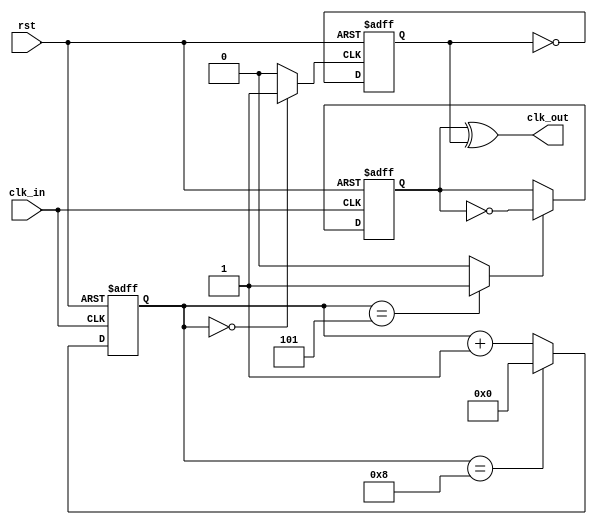
`timescale 1ns / 1ps
//////////////////////////////////////////////////////////////////////////////////
// Company: COLLEGE OF VLSI
// 
// Designe Name: general_clk_div_by_odd
// Module Name: general_clk_div_by_odd
// Project Name: general_clk_div_by_odd
// Target Devices: 
// Tool Versions: 
// Description: 
// 
// Dependencies: 
// 
// Revision:
// Revision 0.01 - File Created
// Additional Comments:
// 
//////////////////////////////////////////////////////////////////////////////////

module general_clk_div_by_odd(
	input		clk_in,
    input       rst,    
	output 		clk_out
    );
parameter DIV_BY = 9 ;
parameter WIDTH = $clog2(DIV_BY);

reg  [WIDTH-1:0] count;
reg  Tff_A, Tff_B;
wire B1,A1;

assign 	 clk_out = Tff_B ^ Tff_A;	//XOR gate produces output clock.


//Counter for division by N
always@(posedge clk_in or negedge rst)
	begin
        if(!rst)begin
            count <=0;
        end
		else if(count == DIV_BY-1)	//Count to N-1. Ex: Use 4 to divide by 5
			begin
				count <= 4'b0000;
			end	
		else
			begin
				count <= count + 1;
			end	
	end

//Sets A to high for one clock cycle after counter is 0
//always@(*)
//	begin
//    if(count == 4'b0000)
//			A1 = 1;
//		else
//			A1 = 0;
//	end
assign A1 = (count == 4'b0000)? 1'b1 :1'b0;
//Sets B to high for one clock cycle after counter is (N+1)/2
//always@(*)
//	begin

//		if(count ==((DIV_BY+1)/2))	//Use (N+1)/2. Ex: (5+1)/2 = 3		
//			B1 = 1;
//		else
//			B1 = 0;
//	end
assign B1 = (count ==((DIV_BY+1)/2))? 1'b1 :1'b0;

//T flip flop toggles 
always@(negedge A1 or negedge rst)		// Toggle signal Tff_A whenever A1 goes from 1 to 0
	 if(!rst)begin
        Tff_A <= 0;
        end
	else begin
		Tff_A <= ~Tff_A;
	end

always@(negedge clk_in or negedge rst)
	begin
	        if(!rst)begin
            Tff_B <= 0;
        end
		else if(B1)				// Toggle signal Tff_B whenever B1 clk_in goes from 1 to 0
			begin				// and B1 is 1
				Tff_B <= ~Tff_B;
			end
	end

endmodule